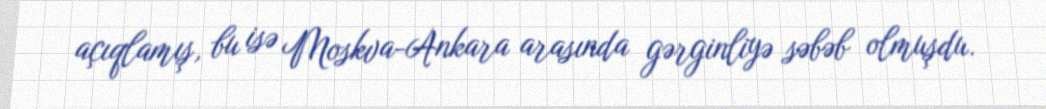
açıqlamış, bu isə Moskva-Ankara arasında gərginliyə səbəb olmuşdu.